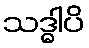
သဒ္ဓါပိ